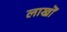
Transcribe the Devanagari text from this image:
लाखॊं